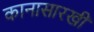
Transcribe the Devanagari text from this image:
कानासारखी